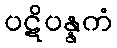
ပဋိပန္နကံ